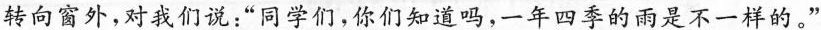
转向窗外，对我们说：”同学们，你们知道吗，一年四季的雨是不一样的。”